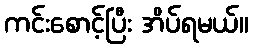
ကင်းစောင့်ပြီး အိပ်ရမယ်။